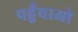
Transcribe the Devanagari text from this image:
पहुँचाओ